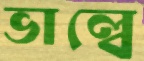
ভাল্বে